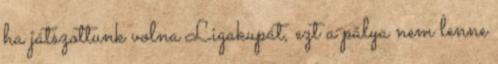
ha játszottunk volna Ligakupát, ezt a pálya nem lenne